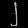
Digit: ၂